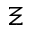
\Xi